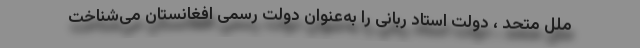
ملل متحد ، دولت استاد ربانی را به‌عنوان دولت رسمی افغانستان می‌شناخت